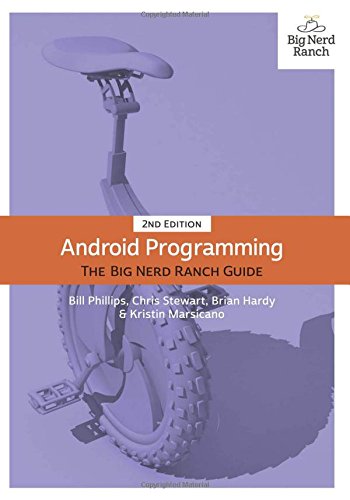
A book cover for Android Programming: The Big Nerd Ranch Guide (2nd Edition); Bill Phillips; Computers & Technology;